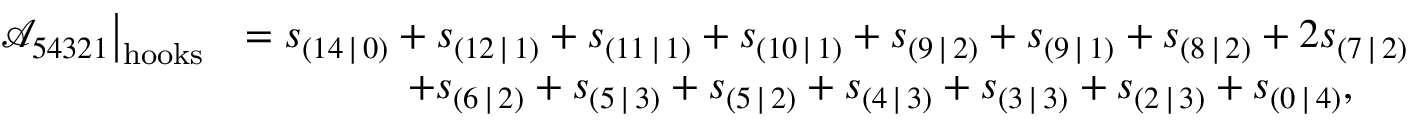
\begin{array} { r l } { \mathcal { A } _ { 5 4 3 2 1 } \big | _ { \mathrm { h o o k s } } } & { = s _ { ( 1 4 \, | \, 0 ) } + s _ { ( 1 2 \, | \, 1 ) } + s _ { ( 1 1 \, | \, 1 ) } + s _ { ( 1 0 \, | \, 1 ) } + s _ { ( 9 \, | \, 2 ) } + s _ { ( 9 \, | \, 1 ) } + s _ { ( 8 \, | \, 2 ) } + 2 s _ { ( 7 \, | \, 2 ) } } \\ & { \qquad \qquad + s _ { ( 6 \, | \, 2 ) } + s _ { ( 5 \, | \, 3 ) } + s _ { ( 5 \, | \, 2 ) } + s _ { ( 4 \, | \, 3 ) } + s _ { ( 3 \, | \, 3 ) } + s _ { ( 2 \, | \, 3 ) } + s _ { ( 0 \, | \, 4 ) } , } \end{array}